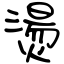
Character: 燙